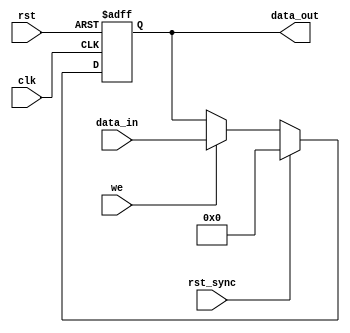
module can_register_asyn_syn
( data_in,
  data_out,
  we,
  clk,
  rst,
  rst_sync
);
parameter WIDTH = 8; 
parameter RESET_VALUE = 0;
input [WIDTH-1:0] data_in;
input             we;
input             clk;
input             rst;
input             rst_sync;
output [WIDTH-1:0] data_out;
reg    [WIDTH-1:0] data_out;
always @ (posedge clk or posedge rst)
begin
  if(rst)
    data_out<=#1 RESET_VALUE;
  else if (rst_sync)                  
    data_out<=#1 RESET_VALUE;
  else if (we)                        
    data_out<=#1 data_in;
end
endmodule